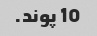
10 پوند.